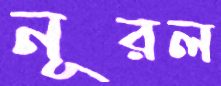
নূরল